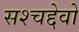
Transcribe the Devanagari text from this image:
सश्चद्देवो